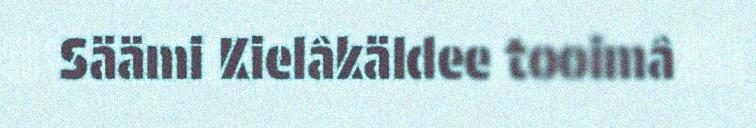
Säämi Kielâkäldee tooimâ